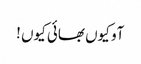
آو کیوں بھائی کیوں !